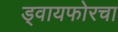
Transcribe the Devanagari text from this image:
ड्वायफोरचा